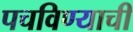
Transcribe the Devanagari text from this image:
पचविण्याची